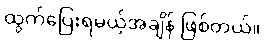
ထွက်ပြေးရမယ့်အချိန် ဖြစ်တယ်။